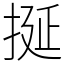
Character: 挻